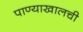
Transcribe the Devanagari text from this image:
पाण्याखालची